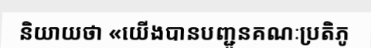
និយាយថា «យើងបានបញ្ជូនគណៈប្រតិភូ